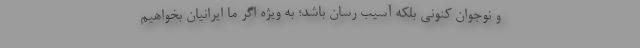
و نوجوان کنونی بلکه آسیب رسان باشد؛ به ویژه اگر ما ایرانیان بخواهیم